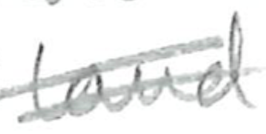
Text: land
Cross-out: double-line
Writing tool: pencil